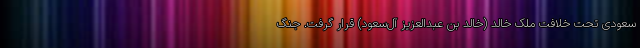
سعودی تحت خلافت ملک خالد (خالد بن عبدالعزیز آل‌سعود) قرار گرفت. جنگ